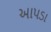
આપડા